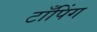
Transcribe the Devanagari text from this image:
टाँपिंग